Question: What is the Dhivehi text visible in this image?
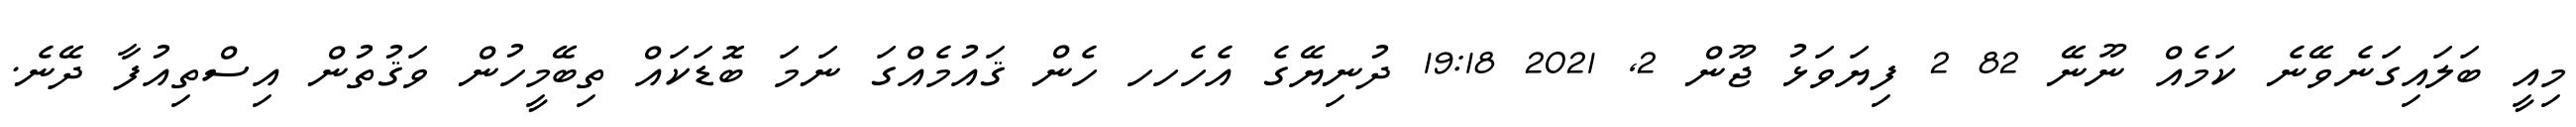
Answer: މިއީ ބަލައިގަނެވޭނެ ކަމެއް ނޫނޭ 82 2 ފިޔަވަޅު ޖޫން 2, 2021 19:18 ދުނިޔޭގެ އެހެހހ ހެން ޤައުމެއްގަ ނަމަ ބޮޑަކައް ތިބޭމީހުން ވަޤުތުން އިސްތިއުފާ ދޭނެ.